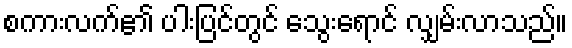
စကားလက်၏ ပါးပြင်တွင် သွေးရောင် လျှမ်းလာသည်။